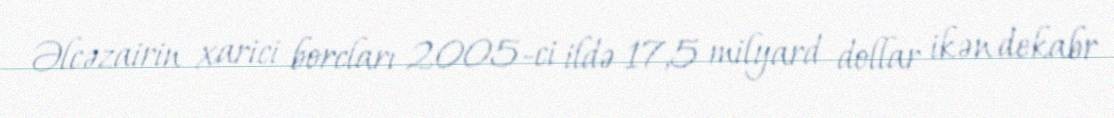
Əlcəzairin xarici borcları 2005-ci ildə 17,5 milyard dollar ikən dekabr